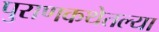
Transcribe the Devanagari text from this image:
पुराणकथेतल्या